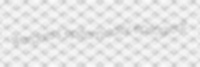
wardress epitomically epilogical